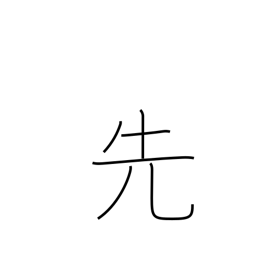
Meaning: previous